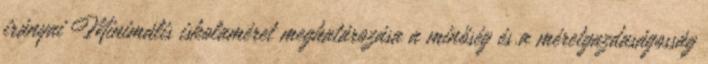
irányai Minimális iskolaméret meghatározása a minőség és a méretgazdaságosság